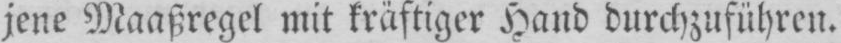
jene Maaßregel mit kräftiger Hand durchzuführen.